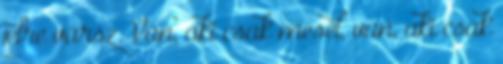
jelre vársz. Van, aki csak mesél, van, aki csak